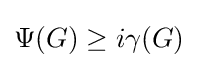
\Psi (G)\geq i\gamma (G)